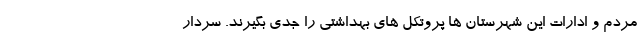
مردم و ادارات این شهرستان ها پروتکل های بهداشتی را جدی بگیرند. سردار